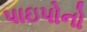
પાઇપોનો